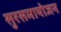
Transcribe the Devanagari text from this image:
सुरसमायोजन